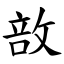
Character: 敨